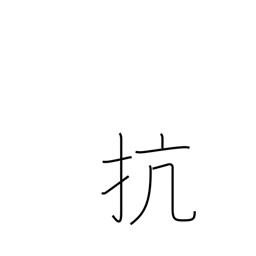
Meaning: defy